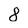
Character: 8